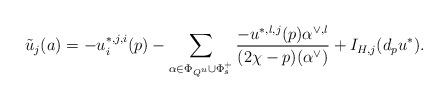
LaTeX: \begin{align*}\tilde{u}_j(a)=-u^{*,j,i}_i(p)-\sum_{\alpha\in\Phi_{Q^u}\cup\Phi_s^+}\frac{-u^{*,l,j}(p)\alpha^{\vee,l}}{(2\chi-p)(\alpha^{\vee})}+I_{H,j}(d_pu^*).\end{align*}